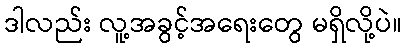
ဒါလည်း လူ့အခွင့်အရေးတွေ မရှိလို့ပဲ။